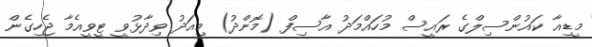
މީޑިއާ ކައުންސިލްގެ ރައީސް މުހައްމަދު އާސިފް (މޮންދު) މިއަދު ވިދާޅުވީ ޓީވީއެމާ ޖެހިގެން